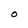
Character: O